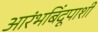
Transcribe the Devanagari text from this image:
आरंभबिंदूपाशी